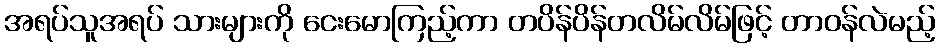
အရပ်သူအရပ် သားများကို ငေးမောကြည့်ကာ တပိန်ပိန်တလိမ်လိမ်ဖြင့် တာဝန်လဲမည့်